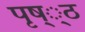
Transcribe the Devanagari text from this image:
पृष््ठ